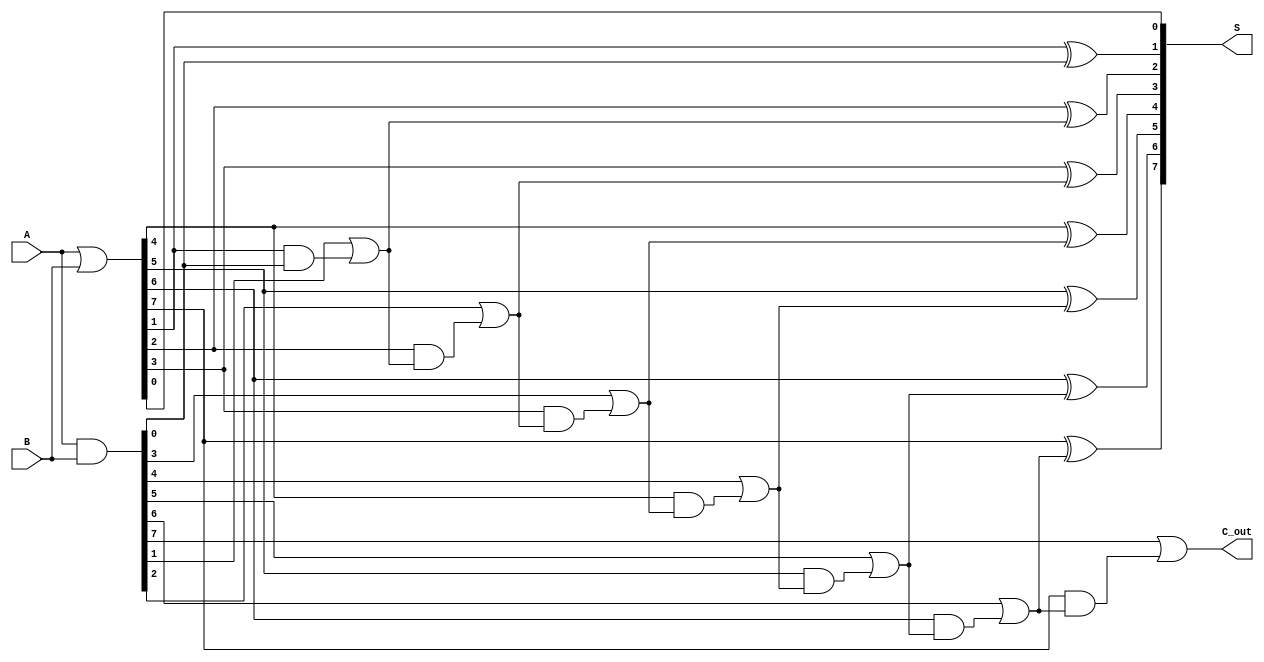
module brent_kung_adder #(parameter n = 8) (
    input  [n-1:0] A,   // First input
    input  [n-1:0] B,   // Second input
    output [n-1:0] S,   // Sum output
    output        C_out  // Carry out
);

    // Generate and Propagate signals
    wire [n-1:0] G; // Generate
    wire [n-1:0] P; // Propagate
    wire [n:0] C;   // Carry signals (C[0] = carry-in, C[n] = carry-out)

    assign G = A & B;       // Generate
    assign P = A | B;       // Propagate
    assign C[0] = 1'b0;     // Carry-in is 0

    // Carry tree logic
    genvar i, j, k;
    
    // First level of carry signals
    generate
        for (i = 0; i < n; i = i + 1) begin
            assign C[i + 1] = G[i] | (P[i] & C[i]);
        end
    endgenerate

    // Sum calculation
    generate
        for (i = 0; i < n; i = i + 1) begin
            assign S[i] = P[i] ^ C[i]; // Sum bits
        end
    endgenerate

    // Carry-out
    assign C_out = C[n]; // Final carry-out

endmodule